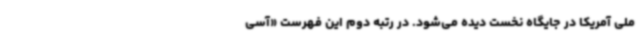
ملی آمریکا در جایگاه نخست دیده می‌شود. در رتبه دوم این فهرست «آسی